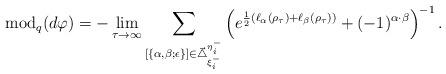
LaTeX: \begin{align*}\mathrm{mod}_q(d\varphi)=-\lim_{\tau\to\infty}\sum_{[\{\alpha,\beta;\epsilon\}]\in\vec{\triangle}^{\eta^-_i}_{\xi^-_i}}\left(e^{\frac{1}{2}(\ell_{\alpha}(\rho_\tau)+\ell_{\beta}(\rho_\tau))}+(-1)^{\alpha\cdot\beta}\right)^{-1}.\end{align*}